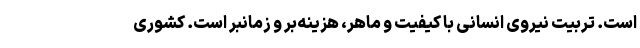
است. تربیت نیروی انسانی با کیفیت و ماهر، هزینه‌بر و زمانبر است. کشوری